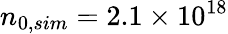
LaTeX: n_{0,sim}=2.1\times\mathrm{10^{18}}